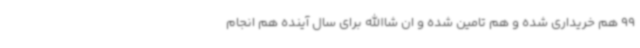
99 هم خریداری شده و هم تامین شده و ان شاالله برای سال آینده هم انجام